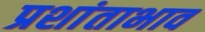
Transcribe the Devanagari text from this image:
प्रशांताभाव